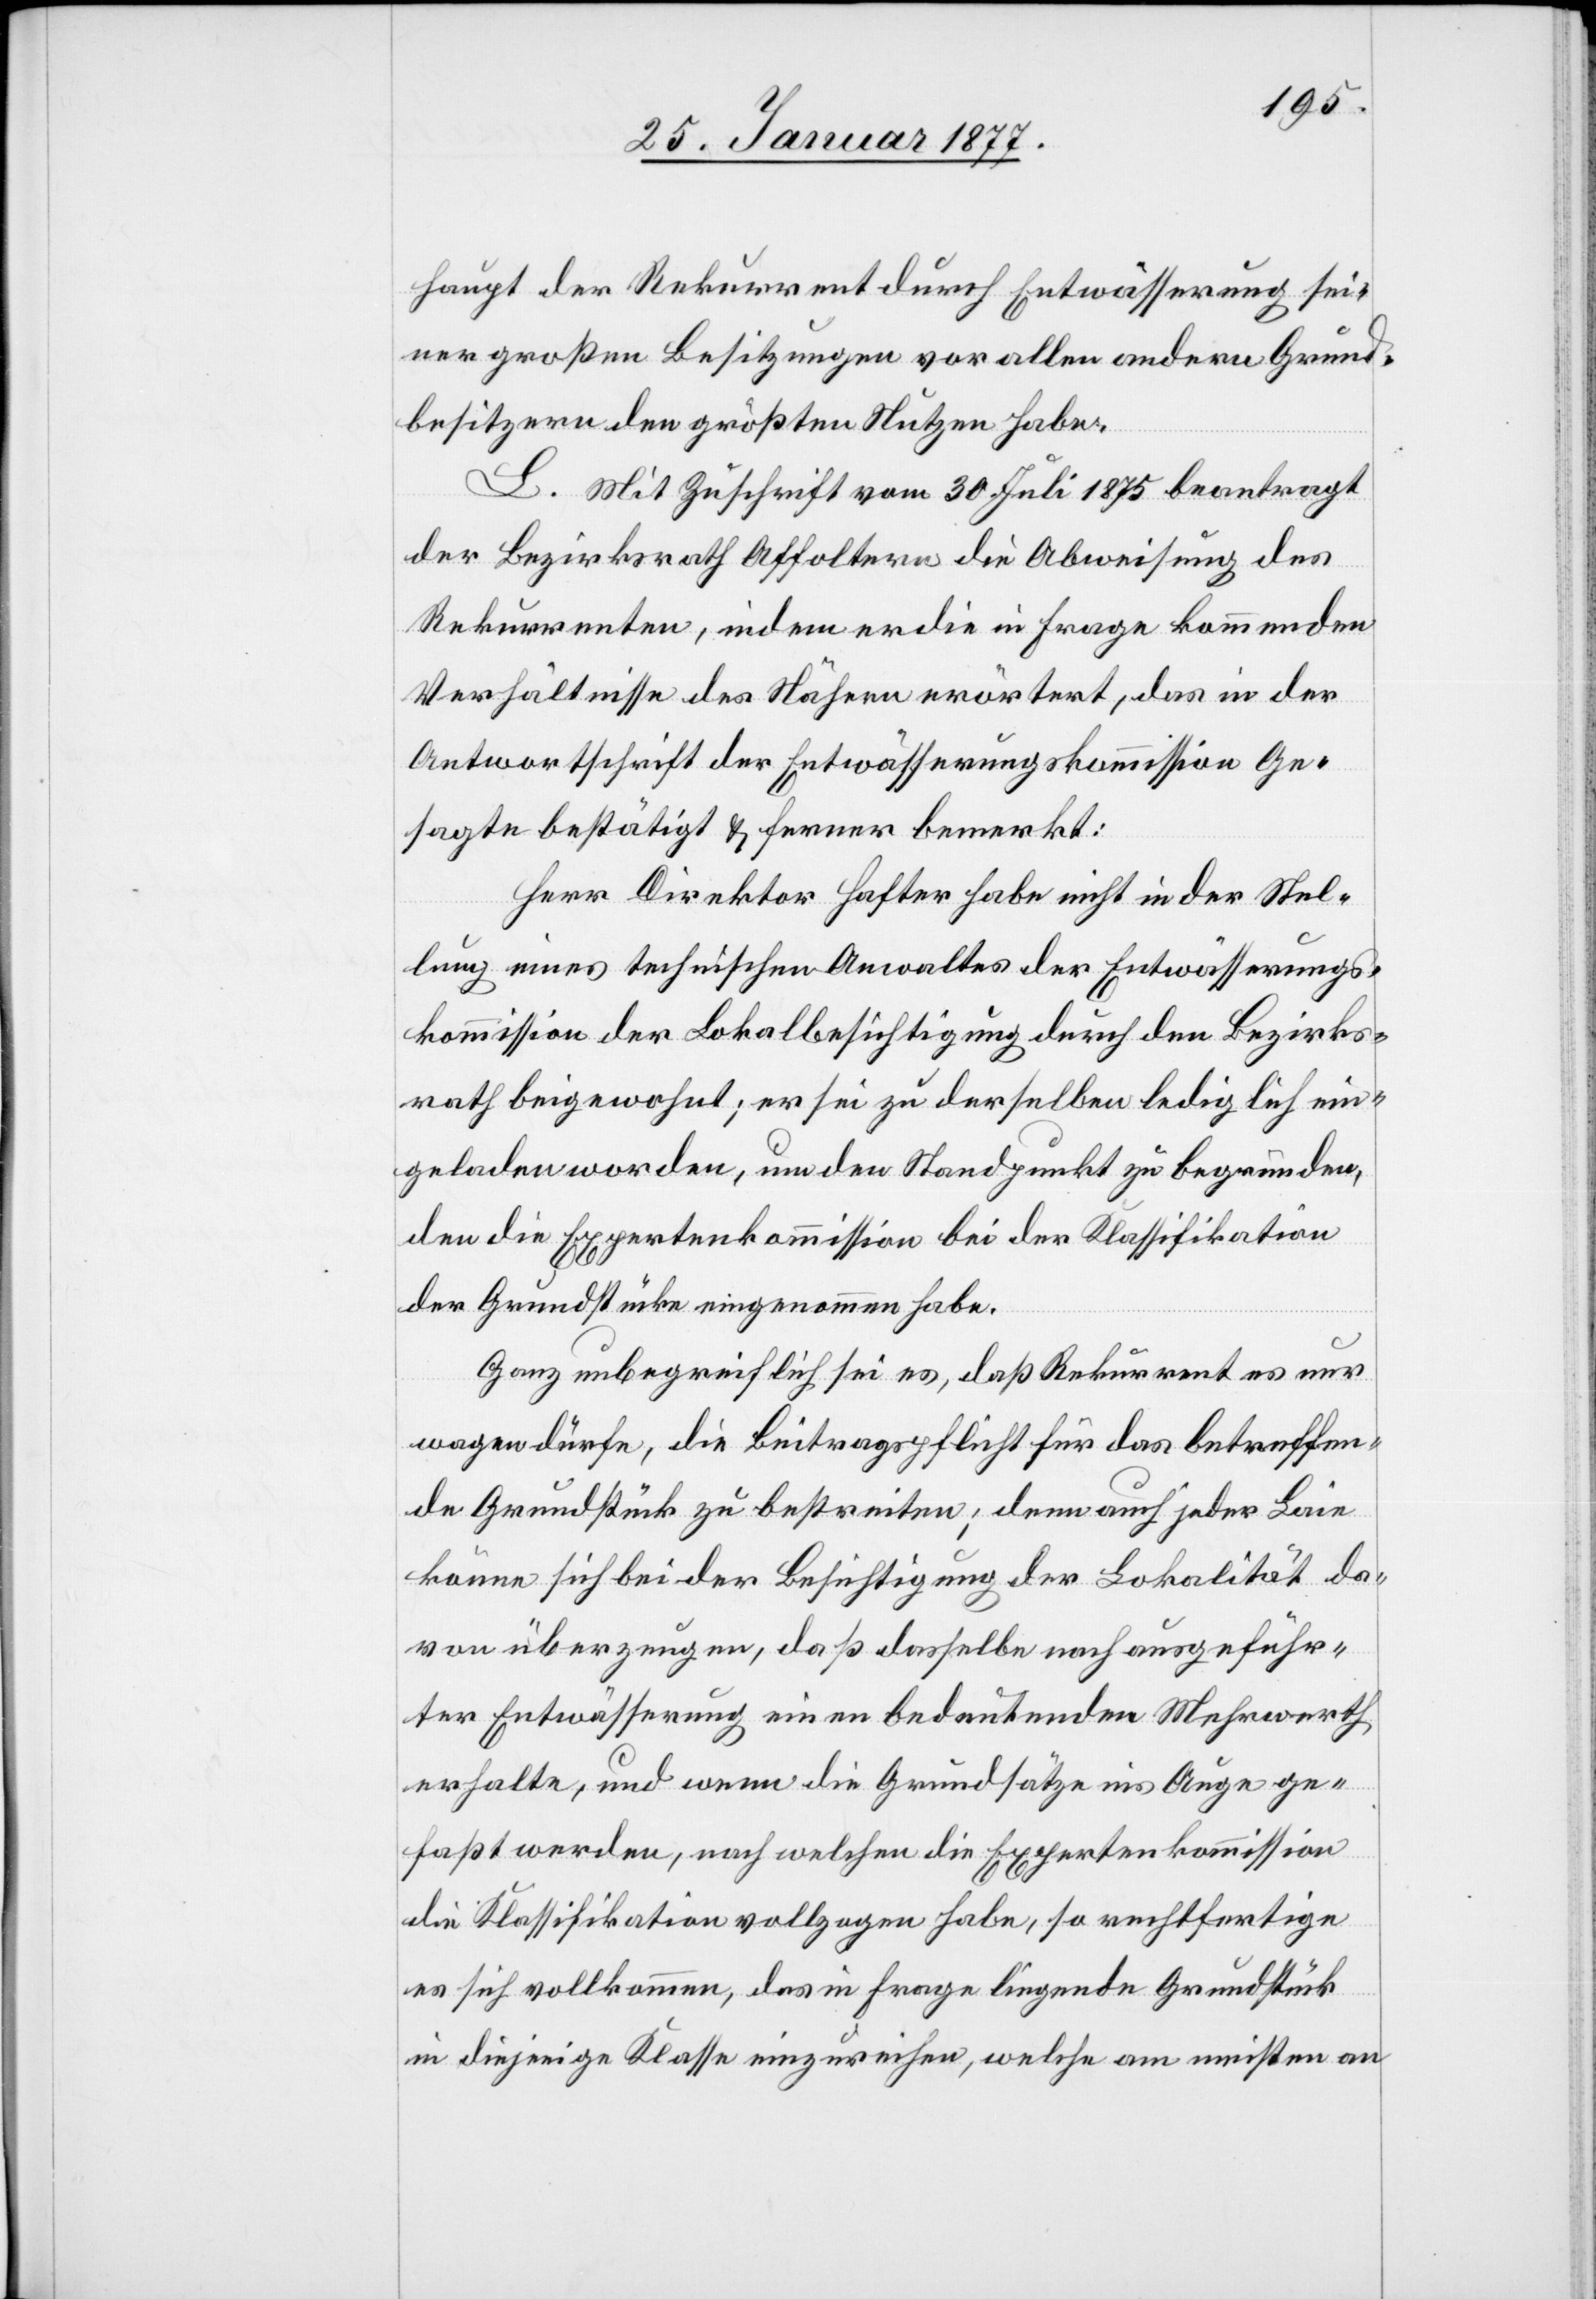
haupt der Rekurrent durch Entwässerung sei¬
ner großen Besitzungen vor allen andern Grund¬
besitzern den größten Nutzen habe.
L. Mit Zuschrift vom 30. Juli 1875 beantragt
der Bezirksrath Affoltern die Abweisung des
Rekurrenten, indem er die in Frage kommenden
Verhältnisse des Nähern erörtert, das in der
Antwortschrift der Entwässerungskommission Ge¬
sagte bestätigt & ferner bemerkt:
Herr Direktor Hafter habe nicht in der Stel¬
lung eines technischen Anwaltes der Entwässerungs¬
kommission der Lokalbesichtigung durch den Bezirks¬
rath beigewohnt, er sei zu derselben lediglich ein¬
geladen worden, um den Standpunkt zu begründen,
den die Expertenkommission bei der Klassifikation
der Grundstücke eingenommen habe.
Ganz unbegreiflich sei es, daß Rekurrent es nur
wagen dürfe, die Beitragspflicht für das betreffen¬
de Grundstück zu bestreiten; denn auch jeder Laie
könne sich bei der Besichtigung der Lokalität da¬
von überzeugen, daß dasselbe nach ausgeführ¬
ter Entwässerung einen bedeutenden Mehrwerth
erhalte, und wenn die Grundsätze ins Auge ge¬
faßt werden, nach welchen die Expertenkommission
die Klassifikation vollzogen habe, so rechtfertige
es sich vollkommen, das in Frage liegende Grundstück
in diejenige Klasse einzureihen, welche am meisten an